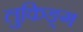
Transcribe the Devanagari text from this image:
लुकिङ्ग